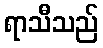
ရာသီသည်